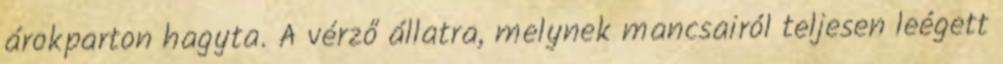
árokparton hagyta. A vérző állatra, melynek mancsairól teljesen leégett